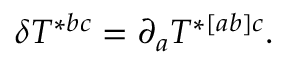
\delta T ^ { * b c } = \partial _ { a } T ^ { * [ a b ] c } .